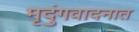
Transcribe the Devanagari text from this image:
मृदुंगवादनात